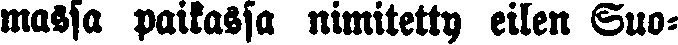
massa paikassa nimitetty eilen Suo-